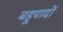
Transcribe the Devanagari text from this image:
बहुपादों